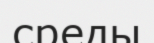
среды